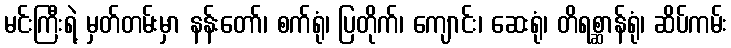
မင်းကြီးရဲ့ မှတ်တမ်းမှာ နန်းတော်၊ စက်ရုံ၊ ပြတိုက်၊ ကျောင်း၊ ဆေးရုံ၊ တိရစ္ဆာန်ရုံ၊ ဆိပ်ကမ်း